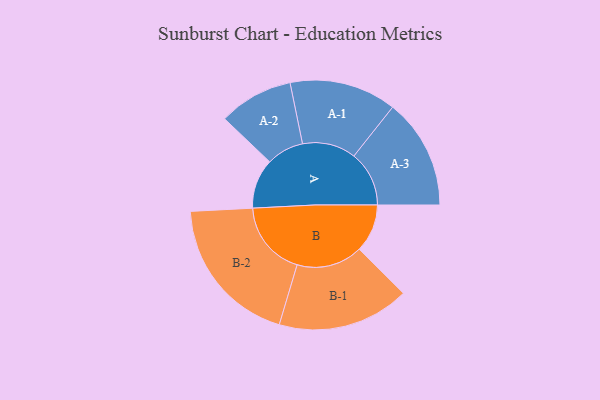
{"axis": {"x": "Segment", "y": "Value"}, "legend": ["", "A", "B"], "data": [{"x": "A", "y": 175, "type": ""}, {"x": "B", "y": 169, "type": ""}, {"x": "A-1", "y": 188, "type": "A"}, {"x": "A-2", "y": 131, "type": "A"}, {"x": "A-3", "y": 194, "type": "A"}, {"x": "B-1", "y": 232, "type": "B"}, {"x": "B-2", "y": 265, "type": "B"}]}